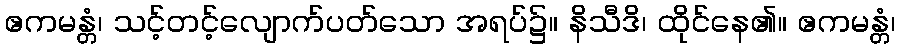
ဧကမန္တံ၊ သင့်တင့်လျောက်ပတ်သော အရပ်၌။ နိသီဒိ၊ ထိုင်နေ၏။ ဧကမန္တံ၊